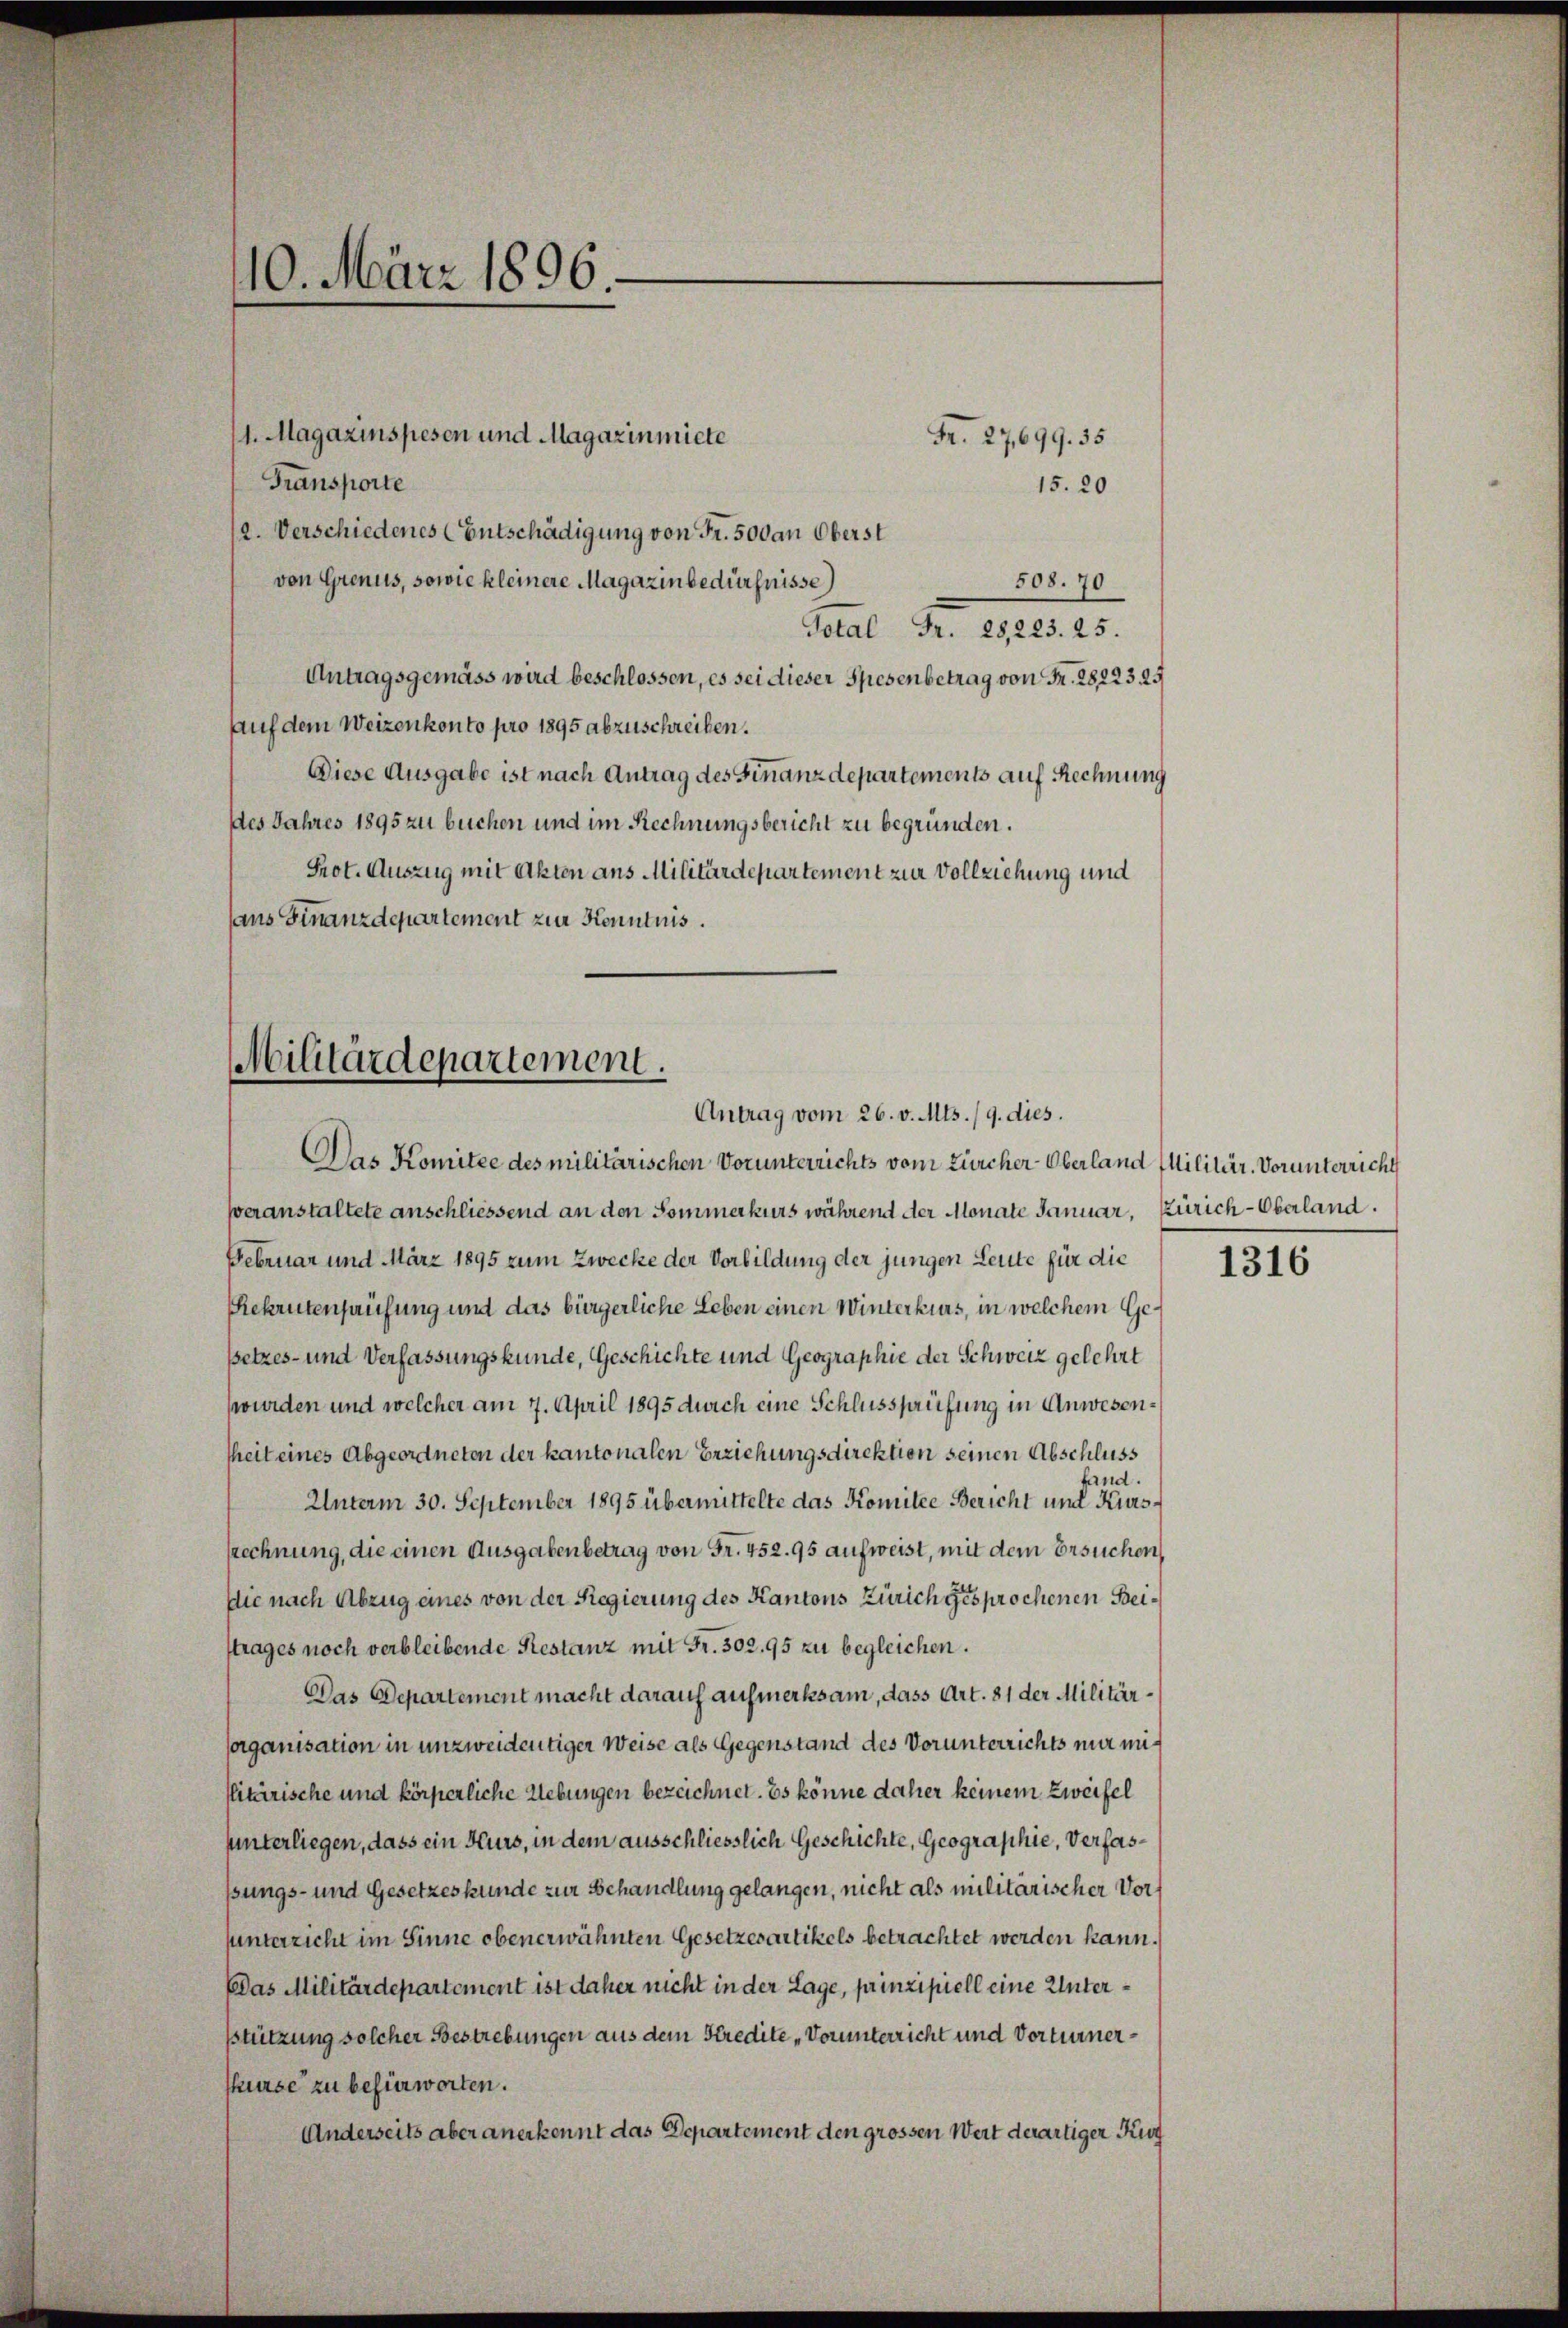
1. Magazinspesen und Magazinmiete
Transporte
15.20
/2. Verschiedenes (Entschädigung von Fr. 500 an Oberst
von Grenus, sowie kleinere Magazin bedürfnisse)
508. 70
Total Fr. 28,223. 25.
Antragsgemäss wird beschlossen, es sei dieser Spesenbetrag von Fr. 28223. 25
auf dem Weizenkonto pro 1895 abzuschreiben.
Diese Ausgabe ist nach Antrag des Finanzdepartements auf Rechnung
des Jahres 1895 zu buchen und im Rechnungsbericht zu begründen.
Prot. Auszug mit Akten ans Militärdepartement zur Vollziehung und
aus Finanzdepartement zur Kenntnis.

10. März 1896.

Fr. 27699. 35

Militärdepartement.
Antrag vom 26. v. Mts. /9. dies.

Das Komitee des militärischen Vorunterrichts vom Zürcher Oberland Militär. Vorunterricht
veranstaltete anschliessend an den Sommerkurs während der Monate Januar, Zürich-Oberland.
Februar und März 1895 zum Zwecke der Vorbildung der jungen Leute für die
Rekrutenprüfung und das bürgerliche Leben einen Winterkurs, in welchem Gesetzes- und Verfassungskunde, Geschichte und Geographie der Schweiz gelehrt
(wurden und welcher am 7. April 1895 durch eine Schlussprüfung in Anwesensheit eines Abgeordneten der kantonalen Erziehungsdirektion seinen Abschluss
fand.
Unterm 30. September 1895 übermittelte das Komitee Bericht und Kies¬
Rechnung, die einen Ausgabenbetrag von Fr. 452. 95 aufweist, mit dem Ersuchen
Die nach Abzug eines von der Regierung des Kantons Zürich gesprochenen Beistrages noch verbleibende Restanz mit Fr. 302. 95 zu begleichen.
Das Departement macht darauf aufmerksam, dass Art. 81 der Militär¬
Corganisation in unzweidentiger Weise als Gegenstand des Vorunterrichts mir miflitärische und körperliche Uebungen bezeichnet. Es könne daher keinem Zweifel
unterliegen, dass ein Kurs, in dem ausschliesslich Geschichte, Geographie, Verfasßungs- und Gesetzeskunde zur Behandlung gelangen, nicht als militärischer Vorsunterzicht im Sinne obenerwähnten Gesetzerartikels betrachtet werden kann.
Das Militärdepartement ist daher nicht in der Lage, prinzipiell eine Unterstützung solcher Bestrebungen aus dem Stredite „Vorunterricht und Vorternerhurse zu befürworten.
Anderseits aber anerkennt das Departement den grossen Wert derartiger Kur

1316